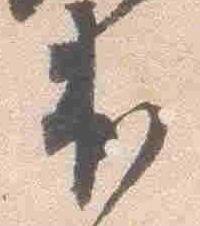
出